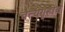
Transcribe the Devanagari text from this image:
चैत्यगृहीचे